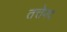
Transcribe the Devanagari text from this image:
तत्तेपद